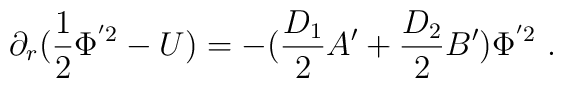
\partial_r (\frac{1}{2}\Phi^{'2} -U) = -(\frac{D_1}{2}A' +\frac{D_2}{2}B')\Phi^{'2}~.